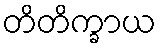
တိတိက္ခာယ